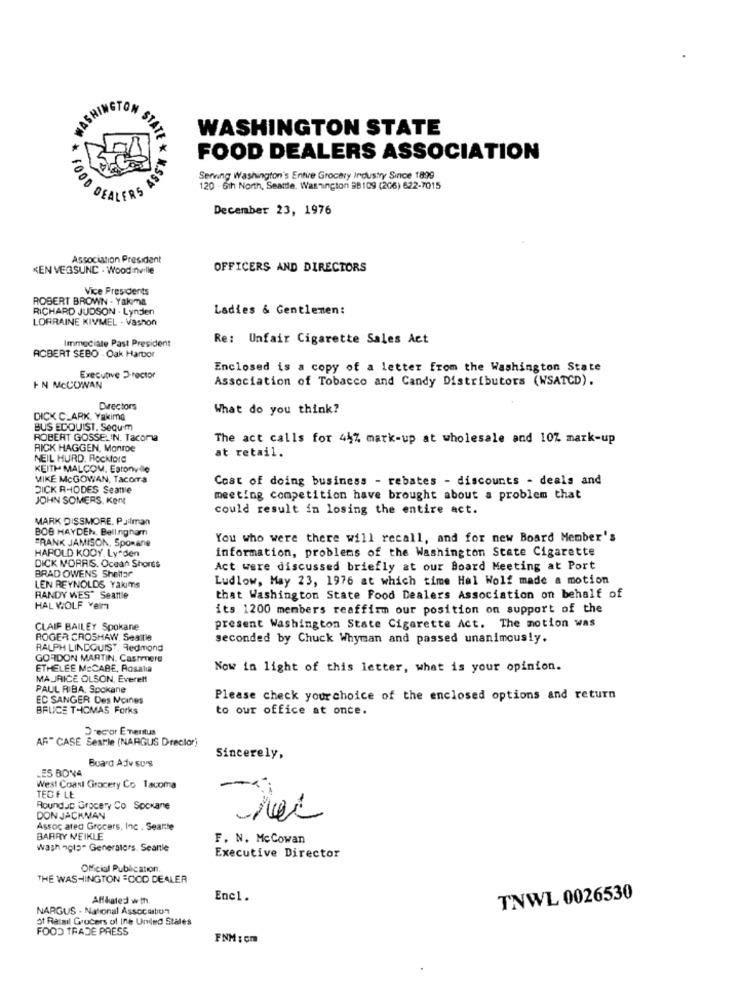
GTO
WASHINGTON STATE
FOOD DEALERS ASSOCIATION
Serving Washington's Entire Grocery Industry Since 1899
STATE * N.SSB
120 . Gih North, Seattle, Washington BB109 (206) 622-7015
FOOD DEALERS AS
December 23, 1976
Association President
KEN VEGSUND . Woodinville
OFFICERS AND DIRECTORS
Vice Presidents
ROBERT BROWN - Yakima
RICHARD JUDSON . Lynden
Ladies & Gentlemen:
LORRAINE KIVMEL - Vashon
Immediate Past President
Re: Unfair Cigarette Sales Act
ROBERT SEBO . Oak Harbor
Enclosed is a copy of a letter from the Washington State
Executive Director
Association of Tobacco and Candy Distributors (WSATCD).
IN MCCOWAN
Directors
What do you think?
DICK C_ARK, Yakima
BUS EDQUIST. Sequ'm
ROBERT GOSSELIN. Tacoma
The act calls for 44% mark-up at wholesale and 10Z mark-up
RICK HAGGEN, Monroe
NEIL HURD. Rockford
at retail.
KEITH MALCOM, Eatonville
MIKE McGOWAN, Tacoma
Coat of doing business - rebates - discounts - deals and
DICK RHODES Seane
JOHN SOMERS. Kent
meeting competition have brought about a problem that
could result in losing the entire act.
MARK DISSMORE. P Jilman
BOB HAYDEN, Bellingham
FRANK JAMISON, Sponane
You who were there will recall, and for new Board Member's
HAROLD KODY. Ly den
information, problems of the Washington State Cigarette
DICK MORRIS. Ocean Shorts
BRAD OWENS Sheltar
Act were discussed briefly at our Board Meeting at Port
Ludlow, May 23, 1976 at which time Hal Wolf made a motion
LEN REYNOLDS Yakims
RANDY WES" Seattle
that Washington State Food Dealers Association on behalf of
HAL WOLF velm
its 1200 members reaffirm our position on support of the
CLAIF BAILEY Spokane
present Washington State Cigarette Act. The motion was
ROGER CROSHAW. Seattle
seconded by Chuck Whyman and passed unanimously.
RALPH LINDQUIST, Redmond
GORDON MARTIN. Cashmere
ETHELEE MECABE, Rosalia
Now in light of this letter, what is your opinion.
MAURICE OLSON, Everett
PAUL RIBA, Spokane
EC SANGER Des Moines
Please check your choice of the enclosed options and return
BRUCE T-ICMAS Forks
to our office at once.
recor Emeritus
AF" CASE Sestle (NARGUS Dreclor)
Board Adv surg
Sincerely,
LES BONA
West Coast Grocery Co lacoma
TED F LE
Roundup Grocery Co Spokane
DON JACKMAN
Assoc ated Grocers, Inc . Seattle
BARRY NEIKLE
F. N. McCowan
wash nolo" Generators. Seantle
Executive Director
Official Publication
THE WASHINGTON FOOD DEALER
Aff&ated with.
Enc1.
TNWL 0026530
NARGUS . National Assocabun
of Retail Grocers of Ine Unded Stales
FOOD TRADE PRESS
FNM : cm